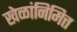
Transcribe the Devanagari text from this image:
खेळांनिमित्त